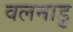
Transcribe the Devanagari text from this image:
वलनाडु